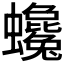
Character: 𧕃